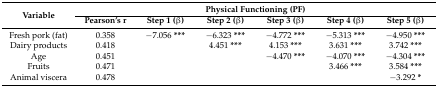
<table><thead><tr><td rowspan="2"><b>Variable</b></td><td colspan="6"><b>Physical Functioning (PF)</b></td></tr><tr><td><b>Pearson’s r</b></td><td><b>Step 1 (β)</b></td><td><b>Step 2 (β)</b></td><td><b>Step 3 (β)</b></td><td><b>Step 4 (β)</b></td><td><b>Step 5 (β)</b></td></tr></thead><tbody><tr><td>Fresh pork (fat)</td><td>0.358</td><td>−7.056 <b>***</b></td><td>−6.323 <b>***</b></td><td>−4.772 <b>***</b></td><td>−5.313 <b>***</b></td><td>−4.950 <b>***</b></td></tr><tr><td>Dairy products</td><td>0.418</td><td></td><td>4.451 <b>***</b></td><td>4.153 <b>***</b></td><td>3.631 <b>***</b></td><td>3.742 <b>***</b></td></tr><tr><td>Age</td><td>0.451</td><td></td><td></td><td>−4.470 <b>***</b></td><td>−4.070 <b>***</b></td><td>−4.304 <b>***</b></td></tr><tr><td>Fruits</td><td>0.471</td><td></td><td></td><td></td><td>3.466 <b>***</b></td><td>3.584 <b>***</b></td></tr><tr><td>Animal viscera</td><td>0.478</td><td></td><td></td><td></td><td></td><td>−3.292 <b>*</b></td></tr></tbody></table>